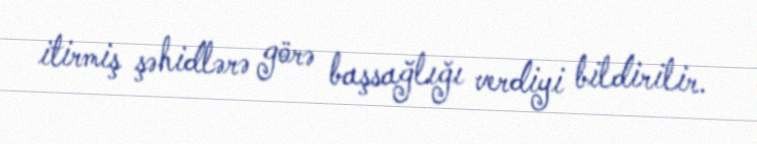
itirmiş şəhidlərə görə başsağlığı verdiyi bildirilir.